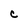
Character: C